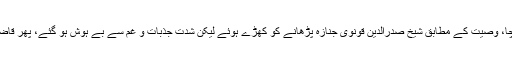
پیر رومی کا جنازہ صبح کے وقت اٹھایا گیا تھا لیکن رش کے باعث جنازہ گاہ میں شام کو پہنچا، وصیت کے مطابق شیخ صدرالدینؒ قونوی جنازہ پڑھانے کو کھڑے ہوئے لیکن شدت جذبات و غم سے بے ہوش ہو گئے، پھر قاضی سراج الدین صاحب نے نماز جنازہ پڑھائی، مولانا صاحب کا تابوت جس صندوق میں رکھا۔